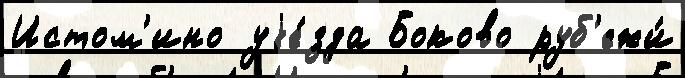
Истом'ино уjе́зда Боково руб'ежи́